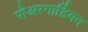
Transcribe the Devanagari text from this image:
पीअरगार्डियन